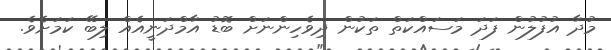
މުދާ އުފުލުން ފަދަ މަސައްކަތް ތަކުން ދިވެހިންނަށް ބޮޑު އާމްދަނީއެއް ލިބޭ ކަމަށެވެ.